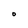
Character: O